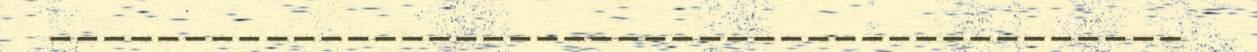
‐‐‐‐‐‐‐‐‐‐‐‐‐‐‐‐‐‐‐‐‐‐‐‐‐‐‐‐‐‐‐‐‐‐‐‐‐‐‐‐‐‐